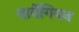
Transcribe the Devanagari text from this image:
नार्वेगियन